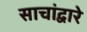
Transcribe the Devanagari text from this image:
साचांद्वारे